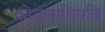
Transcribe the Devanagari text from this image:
कोसलाधिपति